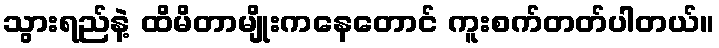
သွားရည်နဲ့ ထိမိတာမျိုးကနေတောင် ကူးစက်တတ်ပါတယ်။